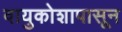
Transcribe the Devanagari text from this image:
वायुकोशापासून